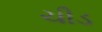
ચીડ